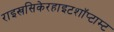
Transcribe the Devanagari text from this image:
राइखसिकेरहाइटशॉप्टाम्ट